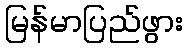
မြန်မာပြည်ဖွား